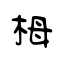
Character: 栂